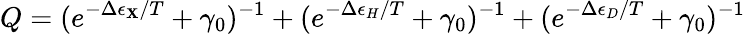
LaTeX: Q=(e^{-\Delta\epsilon_{\mathbf{X}}/T}+\gamma_{0})^{-1}+(e^{-\Delta\epsilon_{H}/T}+\gamma_{0})^{-1}+(e^{-\Delta\epsilon_{D}/T}+\gamma_{0})^{-1}